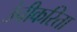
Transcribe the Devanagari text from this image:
उंचीकरिता